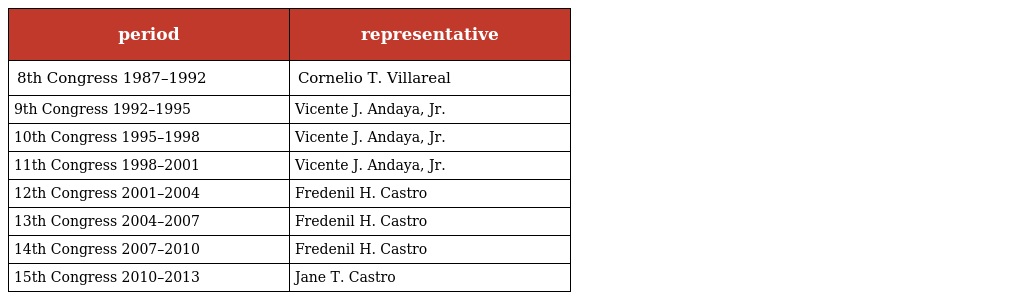
| period | representative |
 | --- | --- |
 | 8th Congress 1987–1992 | Cornelio T. Villareal |
 | 9th Congress 1992–1995 | Vicente J. Andaya, Jr. |
 | 10th Congress 1995–1998 | Vicente J. Andaya, Jr. |
 | 11th Congress 1998–2001 | Vicente J. Andaya, Jr. |
 | 12th Congress 2001–2004 | Fredenil H. Castro |
 | 13th Congress 2004–2007 | Fredenil H. Castro |
 | 14th Congress 2007–2010 | Fredenil H. Castro |
 | 15th Congress 2010–2013 | Jane T. Castro |